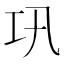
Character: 巩